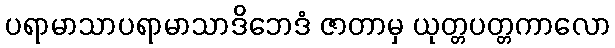
ပရာမာသာပရာမာသာဒိဘေဒံ ဇာတာမှ ယုတ္တပတ္တကာလော